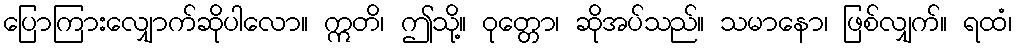
ပြောကြားလျှောက်ဆိုပါလော။ ဣတိ၊ ဤသို့။ ဝုတ္တော၊ ဆိုအပ်သည်။ သမာနော၊ ဖြစ်လျှက်။ ရထံ၊